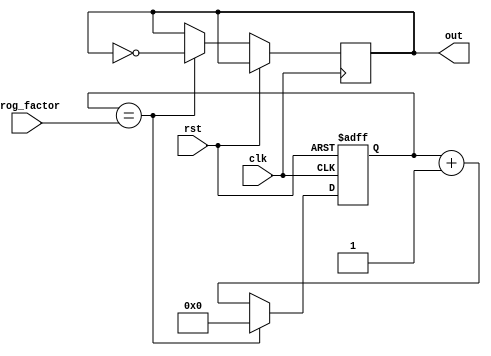
module Johnson_counter_clock_divider (
    input wire clk,
    input wire rst,
    input wire [3:0] prog_factor,
    output reg out
);

reg [3:0] count;

always @(posedge clk or posedge rst) begin
    if (rst) begin
        count <= 4'b0000;
    end else begin
        if (count == prog_factor) begin
            count <= 4'b0000;
            out <= ~out;
        end else begin
            count <= count + 1;
        end
    end
end

endmodule